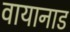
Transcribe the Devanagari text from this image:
वायानाड